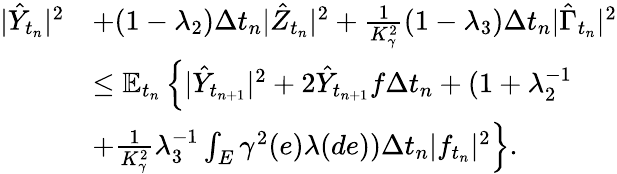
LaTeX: \begin{array}{r}{\begin{array}{rl}{|\hat{Y}_{t_{n}}|^{2}}&{+(1-\lambda_{2})\Delta t_{n}|\hat{Z}_{t_{n}}|^{2}+\frac{1}{K_{\gamma}^{2}}(1-\lambda_{3})\Delta t_{n}|\hat{\Gamma}_{t_{n}}|^{2}}\\ &{\leq\mathbb{E}_{t_{n}}\left\{ |\hat{Y}_{t_{n+1}}|^{2}+2\hat{Y}_{t_{n+1}}f\Delta t_{n}+(1+\lambda_{2}^{-1}\right.}\\ &{\left.+\frac{1}{K_{\gamma}^{2}}\lambda_{3}^{-1}\int_{E}\gamma^{2}(e)\lambda(de))\Delta t_{n}|f_{t_{n}}|^{2}\right\} .}\end{array}}\end{array}